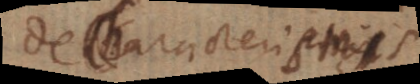
De Characteristicis